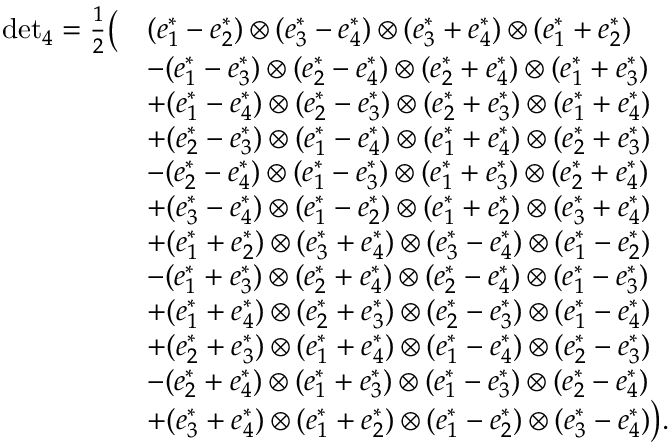
\begin{array} { r l } { { \operatorname* { d e t } } _ { 4 } = \frac { 1 } { 2 } \big ( } & { ( e _ { 1 } ^ { * } - e _ { 2 } ^ { * } ) \otimes ( e _ { 3 } ^ { * } - e _ { 4 } ^ { * } ) \otimes ( e _ { 3 } ^ { * } + e _ { 4 } ^ { * } ) \otimes ( e _ { 1 } ^ { * } + e _ { 2 } ^ { * } ) } \\ & { - ( e _ { 1 } ^ { * } - e _ { 3 } ^ { * } ) \otimes ( e _ { 2 } ^ { * } - e _ { 4 } ^ { * } ) \otimes ( e _ { 2 } ^ { * } + e _ { 4 } ^ { * } ) \otimes ( e _ { 1 } ^ { * } + e _ { 3 } ^ { * } ) } \\ & { + ( e _ { 1 } ^ { * } - e _ { 4 } ^ { * } ) \otimes ( e _ { 2 } ^ { * } - e _ { 3 } ^ { * } ) \otimes ( e _ { 2 } ^ { * } + e _ { 3 } ^ { * } ) \otimes ( e _ { 1 } ^ { * } + e _ { 4 } ^ { * } ) } \\ & { + ( e _ { 2 } ^ { * } - e _ { 3 } ^ { * } ) \otimes ( e _ { 1 } ^ { * } - e _ { 4 } ^ { * } ) \otimes ( e _ { 1 } ^ { * } + e _ { 4 } ^ { * } ) \otimes ( e _ { 2 } ^ { * } + e _ { 3 } ^ { * } ) } \\ & { - ( e _ { 2 } ^ { * } - e _ { 4 } ^ { * } ) \otimes ( e _ { 1 } ^ { * } - e _ { 3 } ^ { * } ) \otimes ( e _ { 1 } ^ { * } + e _ { 3 } ^ { * } ) \otimes ( e _ { 2 } ^ { * } + e _ { 4 } ^ { * } ) } \\ & { + ( e _ { 3 } ^ { * } - e _ { 4 } ^ { * } ) \otimes ( e _ { 1 } ^ { * } - e _ { 2 } ^ { * } ) \otimes ( e _ { 1 } ^ { * } + e _ { 2 } ^ { * } ) \otimes ( e _ { 3 } ^ { * } + e _ { 4 } ^ { * } ) } \\ & { + ( e _ { 1 } ^ { * } + e _ { 2 } ^ { * } ) \otimes ( e _ { 3 } ^ { * } + e _ { 4 } ^ { * } ) \otimes ( e _ { 3 } ^ { * } - e _ { 4 } ^ { * } ) \otimes ( e _ { 1 } ^ { * } - e _ { 2 } ^ { * } ) } \\ & { - ( e _ { 1 } ^ { * } + e _ { 3 } ^ { * } ) \otimes ( e _ { 2 } ^ { * } + e _ { 4 } ^ { * } ) \otimes ( e _ { 2 } ^ { * } - e _ { 4 } ^ { * } ) \otimes ( e _ { 1 } ^ { * } - e _ { 3 } ^ { * } ) } \\ & { + ( e _ { 1 } ^ { * } + e _ { 4 } ^ { * } ) \otimes ( e _ { 2 } ^ { * } + e _ { 3 } ^ { * } ) \otimes ( e _ { 2 } ^ { * } - e _ { 3 } ^ { * } ) \otimes ( e _ { 1 } ^ { * } - e _ { 4 } ^ { * } ) } \\ & { + ( e _ { 2 } ^ { * } + e _ { 3 } ^ { * } ) \otimes ( e _ { 1 } ^ { * } + e _ { 4 } ^ { * } ) \otimes ( e _ { 1 } ^ { * } - e _ { 4 } ^ { * } ) \otimes ( e _ { 2 } ^ { * } - e _ { 3 } ^ { * } ) } \\ & { - ( e _ { 2 } ^ { * } + e _ { 4 } ^ { * } ) \otimes ( e _ { 1 } ^ { * } + e _ { 3 } ^ { * } ) \otimes ( e _ { 1 } ^ { * } - e _ { 3 } ^ { * } ) \otimes ( e _ { 2 } ^ { * } - e _ { 4 } ^ { * } ) } \\ & { + ( e _ { 3 } ^ { * } + e _ { 4 } ^ { * } ) \otimes ( e _ { 1 } ^ { * } + e _ { 2 } ^ { * } ) \otimes ( e _ { 1 } ^ { * } - e _ { 2 } ^ { * } ) \otimes ( e _ { 3 } ^ { * } - e _ { 4 } ^ { * } ) \big ) . } \end{array}